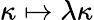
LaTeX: \kappa\mapsto\lambda\kappa